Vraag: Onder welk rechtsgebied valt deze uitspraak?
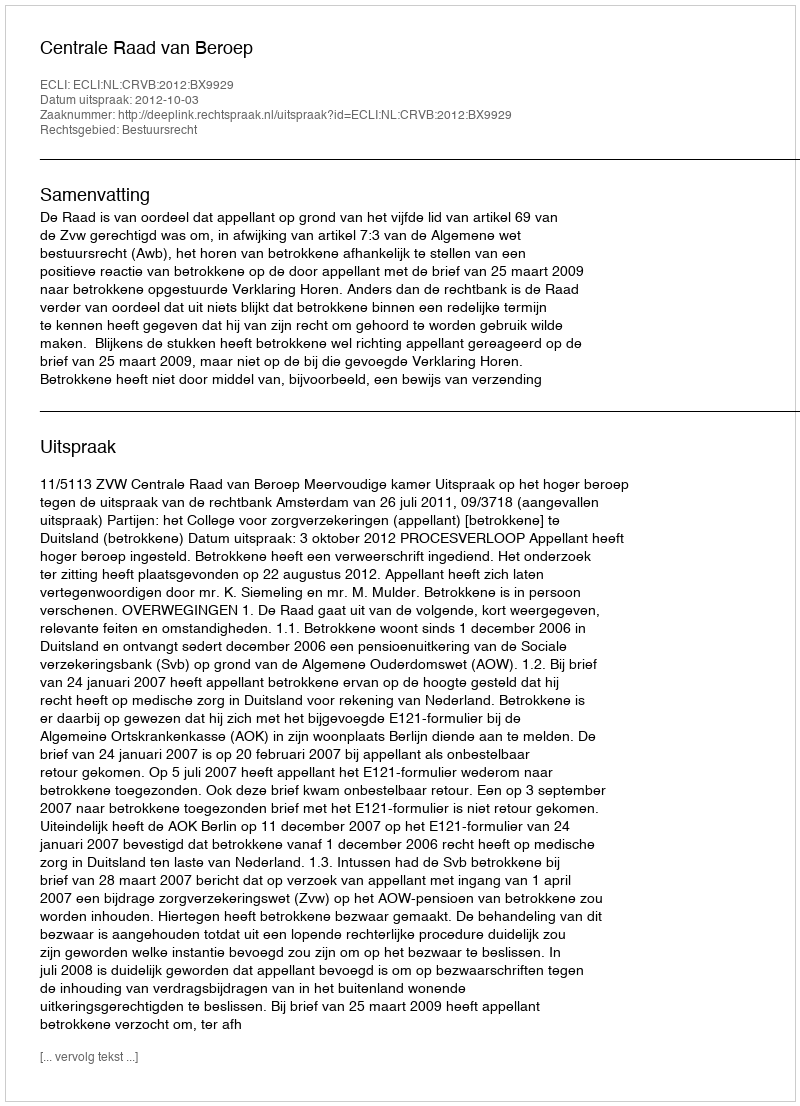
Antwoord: Bestuursrecht